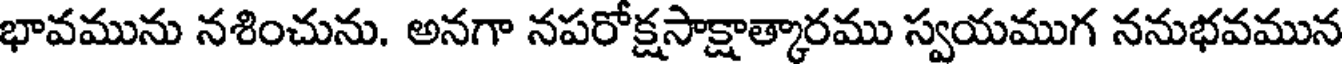
భావమును నశించును. అనగా నపరోక్షసాక్షాత్కారము స్వయముగ ననుభవమున